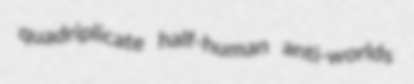
quadriplicate half-human anti-worlds